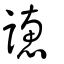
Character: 譓